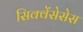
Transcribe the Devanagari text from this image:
सिक्वेंसेसेस